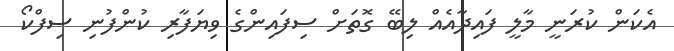
އެކަން ކުރަނީ މާލީ ފައިދާއެއް ލިބޭ ގޮތަށް ސިފައިންގެ ވިޔަފާރި ކުންފުނި ސިފްކޯ